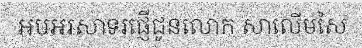
អបអរសាទរផ្ញើជូនលោក សាលើមសៃ